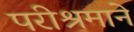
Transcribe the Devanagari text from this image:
परीश्रमाने